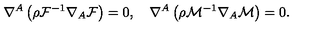
\nabla ^ { A } \left( \rho { \cal F } ^ { - 1 } \nabla _ { A } { \cal F } \right) = 0 , \quad \nabla ^ { A } \left( \rho { \cal M } ^ { - 1 } \nabla _ { A } { \cal M } \right) = 0 .